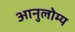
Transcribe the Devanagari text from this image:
आनुलोम्य